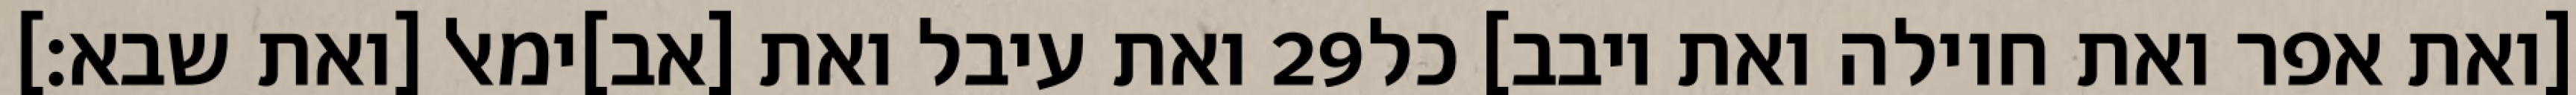
ואת עיבל ואת [אב]ימאל [ואת שבא׃] ‎29‏ [ואת אפר ואת חוילה ואת יובב] כל